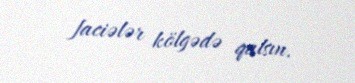
faciələr kölgədə qalsın.